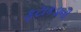
ફટાકડાની